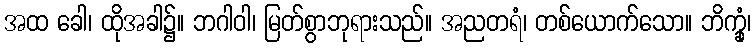
အထ ခေါ၊ ထိုအခါ၌။ ဘဂါဝါ၊ မြတ်စွာဘုရားသည်။ အညတရံ၊ တစ်ယောက်သော။ ဘိက္ခုံ၊